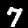
Label: 7